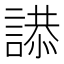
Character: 𮘫